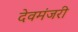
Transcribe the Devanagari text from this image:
देवमंजरी